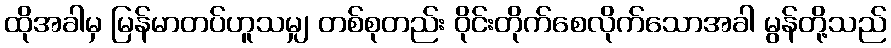
ထိုအခါမှ မြန်မာတပ်ဟူသမျှ တစ်စုတည်း ဝိုင်းတိုက်စေလိုက်သောအခါ မွန်တို့သည်